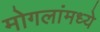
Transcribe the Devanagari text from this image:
मोगलांमध्ये